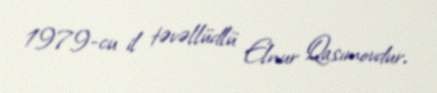
1979-cu il təvəllüdlü Elnur Qasımovdur.